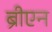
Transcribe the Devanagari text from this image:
ब्रीएन